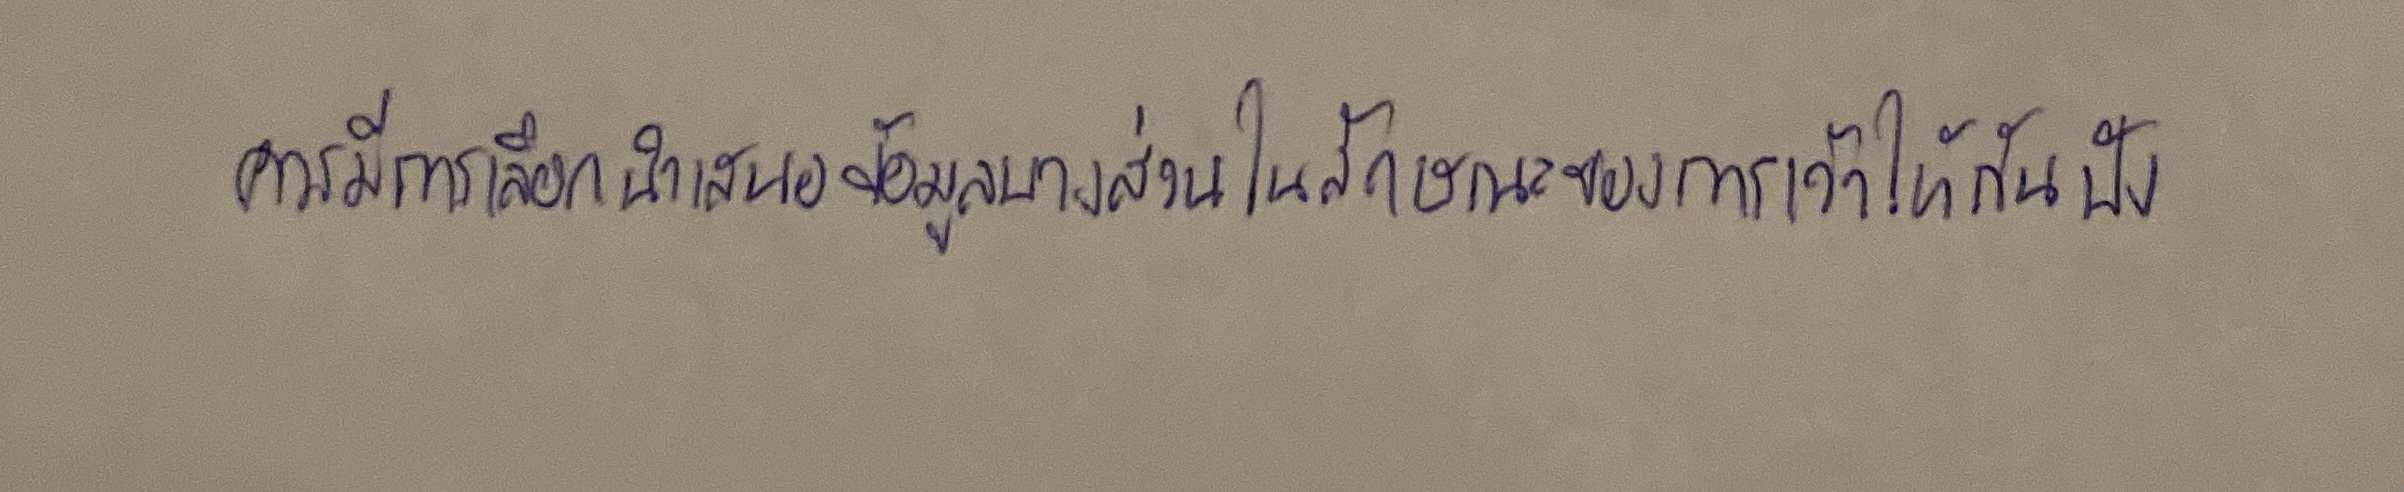
ควรมีการเลือกนำเสนอข้อมูลบางส่วนในลักษณะของการเว้าให้กันฟัง